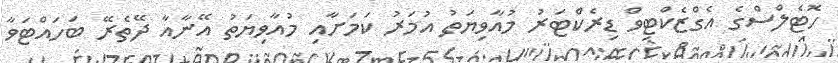
ހޮޓެލްސްގެ އެގްޒެކްޓިވް ޑިރެކްޓަރު މުއާވިޔަތު އުމަރު ކަމަށާއި މުއާވިޔަތު އޭނާއާ ދޭތެރޭ ބަހައްޓަވާ